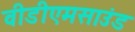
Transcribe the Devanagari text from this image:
वीडीएमसाउंड